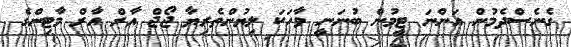
ގެނެސްދެމުން އަންނަ ޓީމުން ބުނަނީ ވާހަކަ ލިޔުންތެރިޔާ ޖޯޖް އާރް އާރް މާޓިންގެ